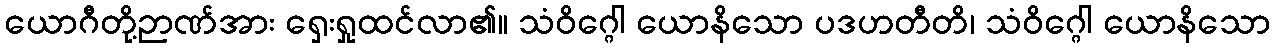
ယောဂီတို့ဉာဏ်အား ရှေးရှုထင်လာ၏။ သံဝိဂ္ဂေါ ယောနိသော ပဒဟတီတိ၊ သံဝိဂ္ဂေါ ယောနိသော